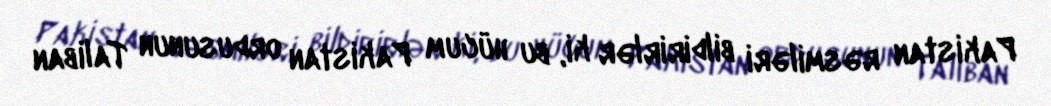
Pakistan rəsmiləri bildirirlər ki, bu hücum Pakistan ordusunun Taliban